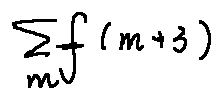
\sum \limits _ { m } f ( m + 3 )